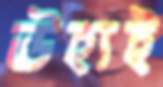
ঊহ্যই